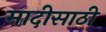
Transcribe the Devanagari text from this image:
मादीसाठी